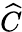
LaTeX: \widehat{C}